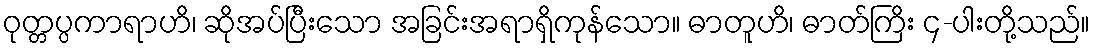
ဝုတ္တပ္ပကာရာဟိ၊ ဆိုအပ်ပြီးသော အခြင်းအရာရှိကုန်သော။ ဓာတူဟိ၊ ဓာတ်ကြိး ၄-ပါးတို့သည်။